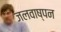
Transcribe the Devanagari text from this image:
जलवाष्पन